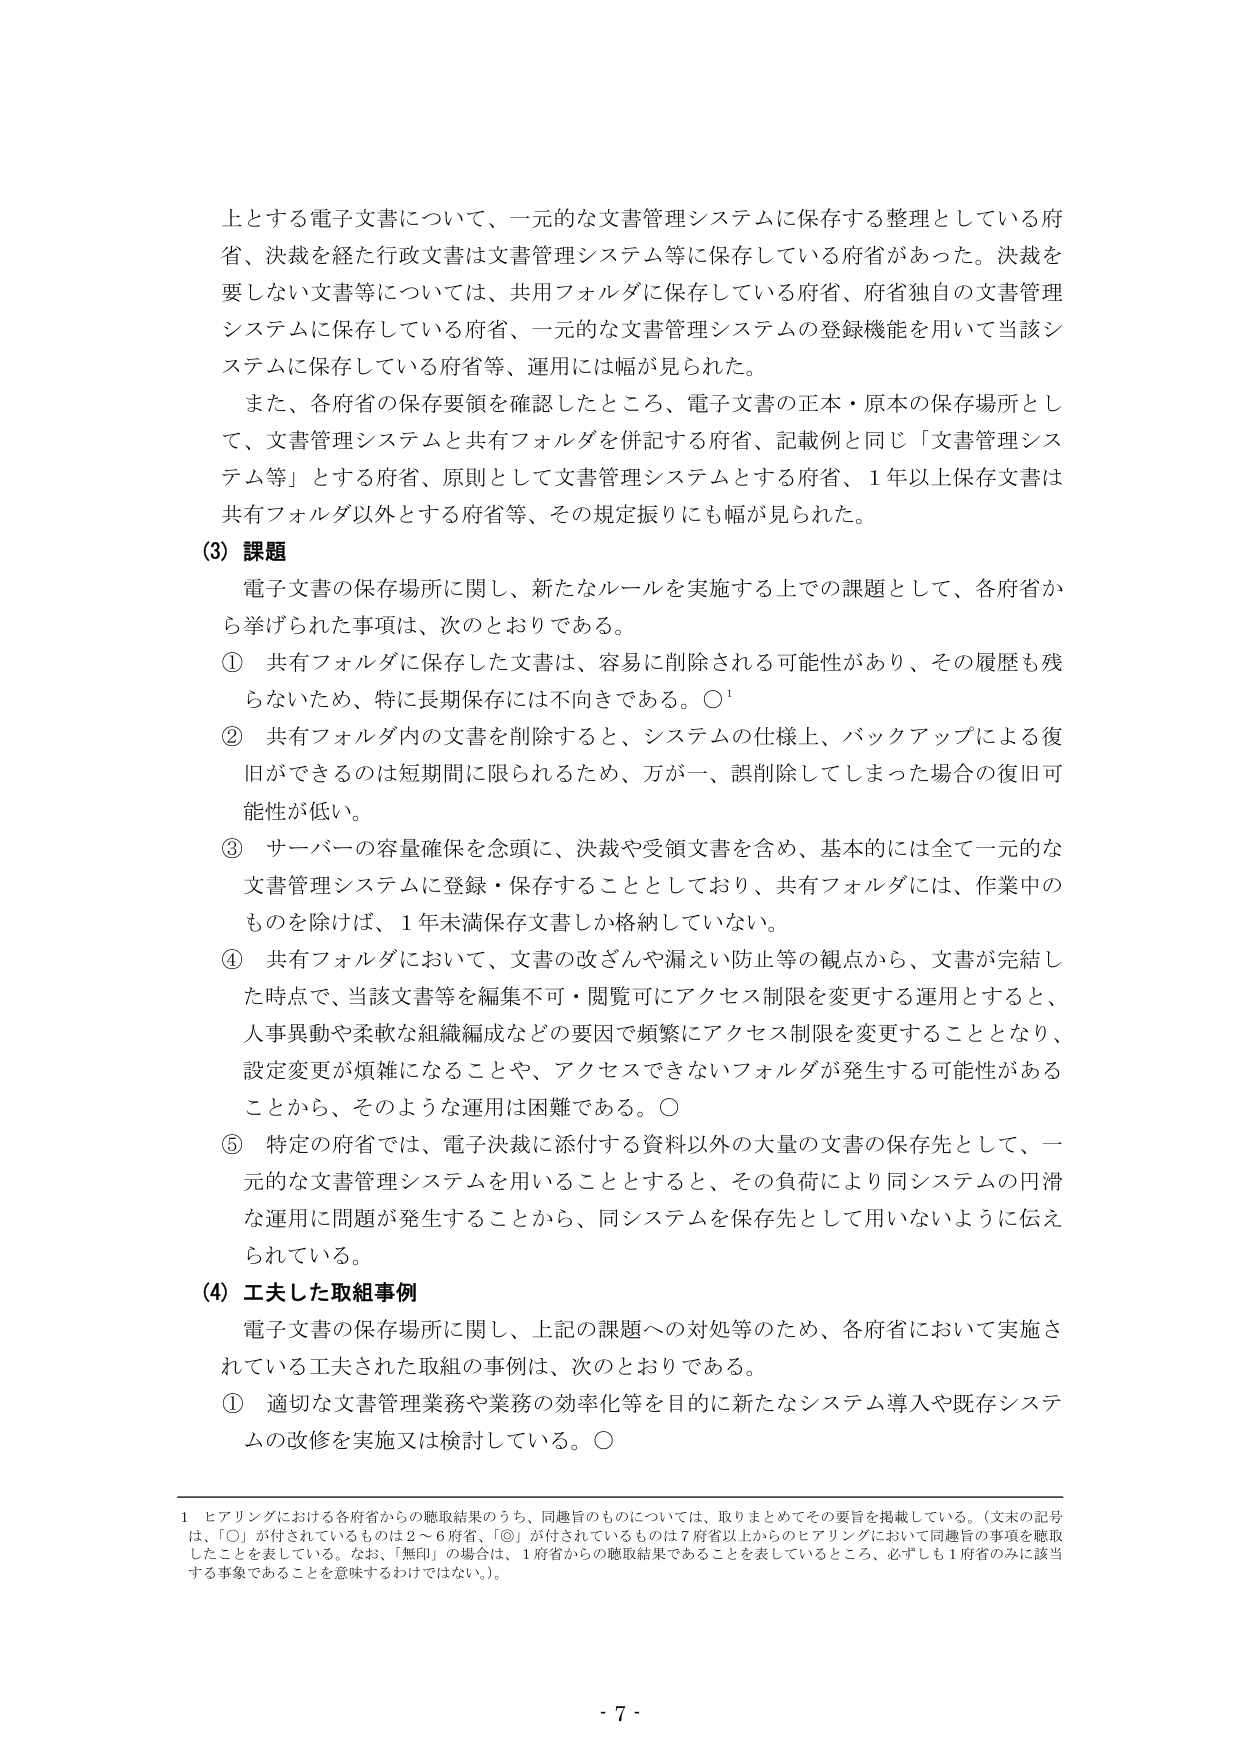
上とする電子文書について、一元的な文書管理システムに保存する整理としている府省、決裁を経た行政文書は文書管理システム等に保存している府省があった。決裁を要しない文書等については、共有フォルダに保存している府省、府省独自の文書管理システムに保存している府省、一元的な文書管理システムの登録機能を用いて当該システムに保存している府省等、運用には幅が見られた。

また、各府省の保存要領を確認したところ、電子文書の正本・原本の保存場所として、文書管理システムと共有フォルダを併記する府省、記載例と同じ「文書管理システム等」とする府省、原則として文書管理システムとする府省、1年以上保存文書は共有フォルダ以外とする府省等、その規定振りにも幅が見られた。

(3) 課題

電子文書の保存場所に関し、新たなルールを実施する上での課題として、各府省から挙げられた事項は、次のとおりである。

① 共有フォルダに保存した文書は、容易に削除される可能性があり、その履歴も残らないため、特に長期保存には不向きである。○¹

② 共有フォルダ内の文書を削除すると、システムの仕様上、バックアップによる復旧ができるのは短期間に限られるため、万が一、誤削除してしまった場合の復旧可能性が低い。

③ サーバーの容量確保を念頭に、決裁や受領文書を含め、基本的には全て一元的な文書管理システムに登録・保存することとしており、共有フォルダには、作業中のものを除けば、1年未満保存文書しか格納していない。

④ 共有フォルダにおいて、文書の改ざんや漏えい防止等の観点から、文書が完結した時点で、当該文書等を編集不可・閲覧可にアクセス制限を変更する運用とすると、人事異動や柔軟な組織編成などの要因で頻繁にアクセス制限を変更することとなり、設定変更が煩雑になることや、アクセスできないフォルダが発生する可能性があることから、そのような運用は困難である。○

⑤ 特定の府省では、電子決裁に添付する資料以外の大量の文書の保存先として、一元的な文書管理システムを用いることとすると、その負荷により同システムの円滑な運用に問題が発生することから、同システムを保存先として用いないように伝えられている。

(4) 工夫した取組事例

電子文書の保存場所に関し、上記の課題への対処等のため、各府省において実施されている工夫された取組の事例は、次のとおりである。

① 適切な文書管理業務や業務の効率化等を目的に新たなシステム導入や既存システムの改修を実施又は検討している。○

1 ヒアリングにおける各府省からの聴取結果のうち、同趣旨のものについては、取りまとめてその要旨を掲載している。（文末の記号は、「○」が付されているものは2～6府省、「◎」が付されているものは7府省以上からのヒアリングにおいて同趣旨の事項を聴取したことを表している。なお、「無印」の場合は、1府省からの聴取結果であることを表しているところ、必ずしも1府省のみに該当する事象であることを意味するわけではない。）

- 7 -